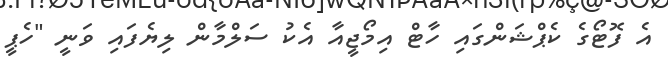
އެ ފޮޓޯގެ ކެޕްޝަންގައި ހާޓް އިމޯޖީއާ އެކު ސަލްމާން ލިޔެފައި ވަނީ "ހެޕީ